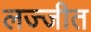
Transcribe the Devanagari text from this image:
लज्जीत